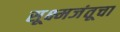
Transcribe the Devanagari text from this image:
सूक्ष्मजंतूचा